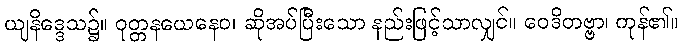
ယျနိဒ္ဒေသ၌။ ဝုတ္တနယေနေဝ၊ ဆိုအပ်ပြီးသော နည်းဖြင့်သာလျှင်။ ဝေဒိတဗ္ဗာ၊ ကုန်၏။